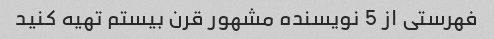
فهرستی از 5 نویسنده مشهور قرن بیستم تهیه کنید